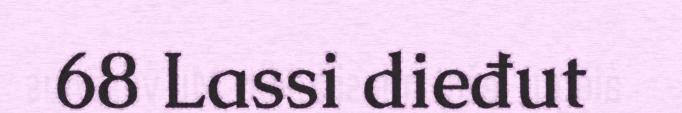
68 Lassi dieđut